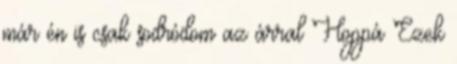
már én is csak sodródom az árral Hoppá Ezek